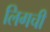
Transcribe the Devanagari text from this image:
लिगची